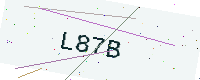
Text: L87B